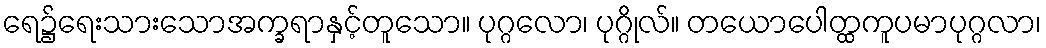
ရေ၌ရေးသားသောအက္ခရာနှင့်တူသော။ ပုဂ္ဂလော၊ ပုဂ္ဂိုလ်။ တယောပေါတ္ထကူပမာပုဂ္ဂလာ၊